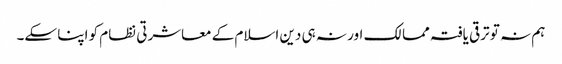
ہم نہ تو ترقی یافتہ ممالک اور نہ ہی دین اسلام کے معاشرتی نظام کو اپنا سکے۔